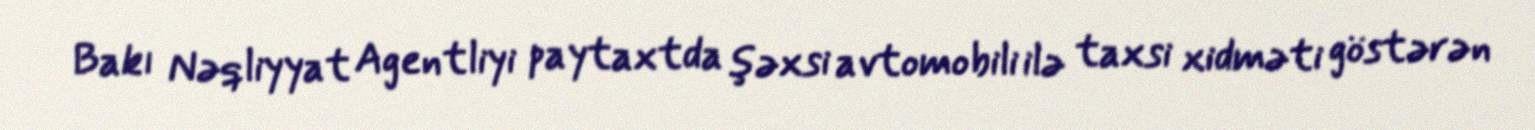
Bakı Nəqliyyat Agentliyi paytaxtda şəxsi avtomobili ilə taxsi xidməti göstərən